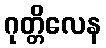
ဂုတ္တိလေန